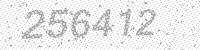
Solution: 256412